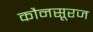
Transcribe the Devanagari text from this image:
कौनसूरज